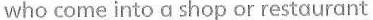
who come into a shop or restaurant